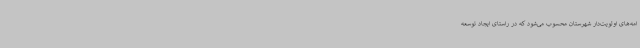
امه‌های اولویت‌دار شهرستان محسوب می‌شود که در راستای ایجاد توسعه